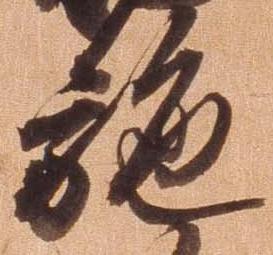
施